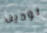
تودين